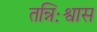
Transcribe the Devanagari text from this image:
तन्निःश्वास